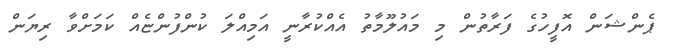
ޕެންޝަން އޮފީހުގެ ފަރާތުން މި މައުލޫމާތު އެއްކުރާނީ އަމިއްލަ ކުންފުންޏެއް ކަމަށްވާ ރިޔަން